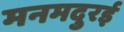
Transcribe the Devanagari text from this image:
मनमदुरई